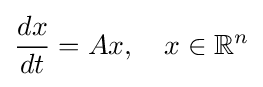
{\frac {dx}{dt}}=Ax,\quad x\in \mathbb {R} ^{n}